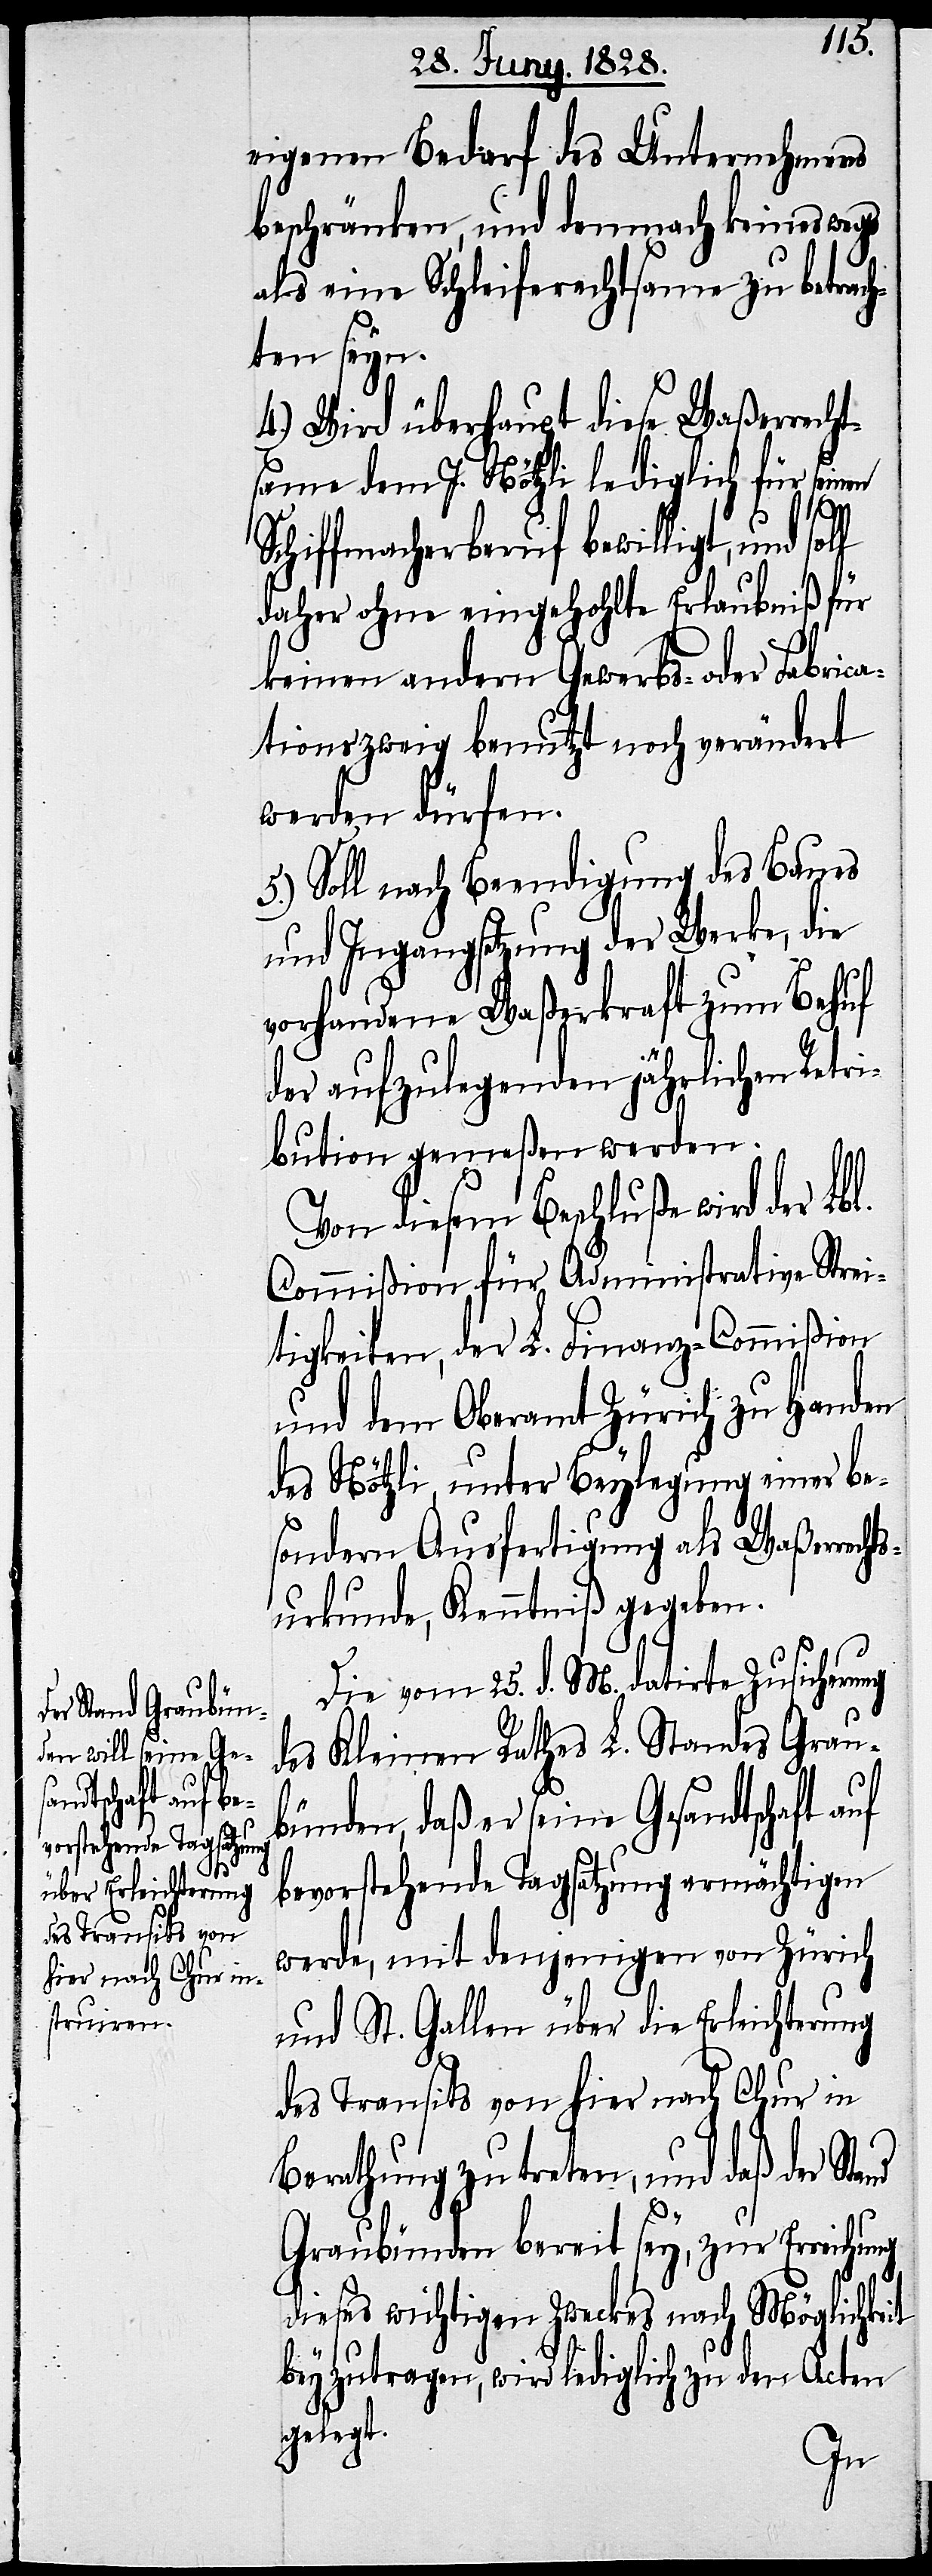
eigenen Bedarf des Unternehmens
beschränken, und demnach keineswegs
als eine Schleiferechtsame zu betrach¬
ten seyn.
4.) Wird überhaupt diese Waßerrecht¬
same dem J. Nötzli lediglich für seinen
Schiffmacherberuf bewilligt, und sol¬
daher ohne eingehohlte Erlaubniß für
keinen andern Gewerbs- oder Fabrica¬
tionszweig benutzt noch verändert
werden dürfen.
5.) Soll nach Beendigung des Baues
und Ingangsetzung der Werke, die
vorhandene Waßerkraft zum Behuf
der aufzulegenden jährlichen Retri¬
bution gemeßen werden.
Von diesem Beschluße wird der Lbl.
Commißion für Administrative Strei¬
tigkeiten, der L. Finanz-Commißion
und dem Oberamt Zürich zu Handen
des Nötzli, unter Beylegung einer be¬
sondern Ausfertigung als Waßerrech¬
tsurkunde, Kenntniß gegeben.
Die vom 25. d. M. datirte Zusicherung
des Kleinen Rathes L. Standes Grau¬
l
bünden, daß er seine Gesandtschaft auf
bevorstehende Tagsatzung ermächtigen
werde, mit denjenigen von Zürich
und St. Gallen über die Erleichterung
des Transits von hier nach Chur in
Berathung zu treten, und daß der
Graubünden bereit sey, zur Erreichung
dieses wichtigen Zweckes nach Möglichke¬
beyzutragen, wird lediglich zu den Acten
gelegt.
it